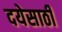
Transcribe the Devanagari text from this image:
दयेसाठी